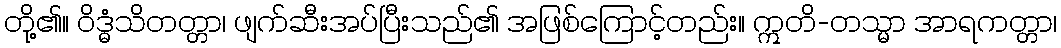
တို့၏။ ဝိဒ္ဓံသိတတ္တာ၊ ဖျက်ဆီးအပ်ပြီးသည်၏ အဖြစ်ကြောင့်တည်း။ ဣတိ-တသ္မာ အာရကတ္တာ၊